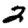
Digit: 2